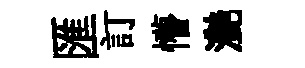
匯訂懵灔